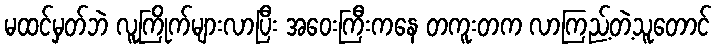
မထင်မှတ်ဘဲ လူကြိုက်များလာပြီး အဝေးကြီးကနေ တကူးတက လာကြည့်တဲ့သူတောင်